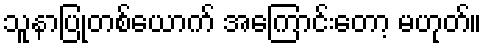
သူနာပြုတစ်ယောက် အကြောင်းတော့ မဟုတ်။